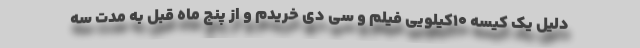
دلیل یک کیسه ۱۰کیلویی فیلم و سی دی خریدم و از پنج ماه قبل به مدت سه